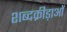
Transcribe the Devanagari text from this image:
शब्दक्रीड़ाओं